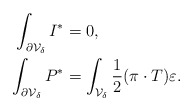
\begin{align*} \int_{\partial\mathcal{V}_\delta}I^\ast&=0,\\ \int_{\partial\mathcal{V}_\delta}P^\ast&=\int_{\mathcal{V}_\delta}\frac{1}{2}(\pi\cdot T)\varepsilon.\end{align*}